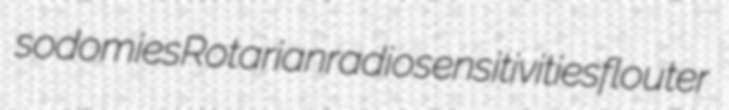
sodomies Rotarian radiosensitivities flouter